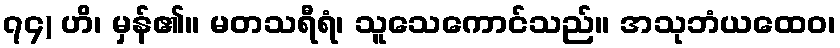
၇၄) ဟိ၊ မှန်၏။ မတသရီရံ၊ သူသေကောင်သည်။ အသုဘံယထေဝ၊